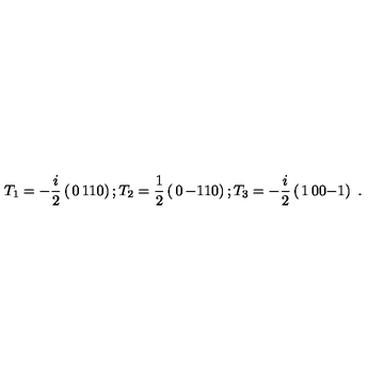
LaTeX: T _ { 1 } = - { \frac { i } { 2 } } \left( \begin{matrix} { 0 } & { 1 } \\ { 1 } & { 0 } \\ \end{matrix} \right) ; T _ { 2 } = { \frac { 1 } { 2 } } \left( \begin{matrix} { 0 } & { - 1 } \\ { 1 } & { 0 } \\ \end{matrix} \right) ; T _ { 3 } = - { \frac { i } { 2 } } \left( \begin{matrix} { 1 } & { 0 } \\ { 0 } & { - 1 } \\ \end{matrix} \right) \ .